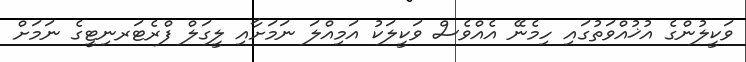
ވަކީލުންގެ އުޚުއްވަތުގައި ހިމެނޭ އެއްވެސް ވަކީލަކު އަމިއްލަ ނަމަށާއި ލީގަލް ފްރެޓަރނިޓީގެ ނަމަށް